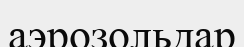
аэрозольдар